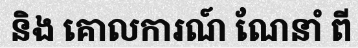
និង គោលការណ៍ ណែនាំ ពី